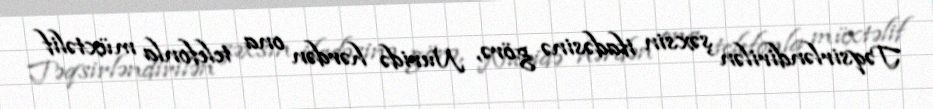
Təqsirləndirilən şəxsin ifadəsinə görə, Nuridə hərdən ona telefonla müxtəlif